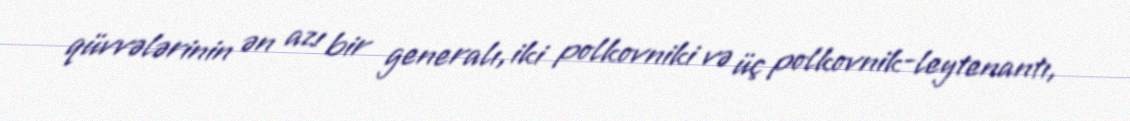
qüvvələrinin ən azı bir generalı, iki polkovniki və üç polkovnik-leytenantı,